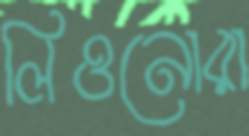
লিওনোরা